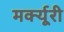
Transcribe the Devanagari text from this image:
मर्क्यूरी